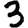
Digit: 3